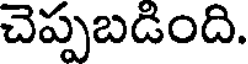
చెప్పబడింది.